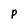
Character: p